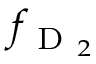
f _ { \mathrm { ~ D ~ } _ { 2 } }